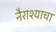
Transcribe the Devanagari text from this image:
नैराश्याचा